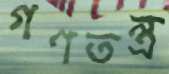
গণতন্ত্র